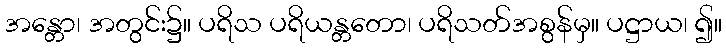
အန္တော၊ အတွင်း၌။ ပရိသ ပရိယန္တတော၊ ပရိသတ်အစွန်မှ။ ပဋ္ဌာယ၊ ၍။